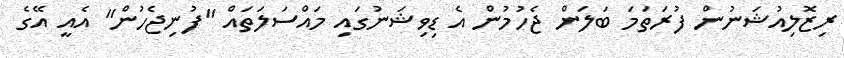
ރިޒޮލިއުޝަނުން ފުރަތަމަ ބަލަން ޖެހުމުން އެ ޑިވިޝަނުގައި މައްސަލަތައް "ފުނިޖެހުން" އެއީ އޭގެ